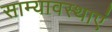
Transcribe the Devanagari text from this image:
साम्यावस्थाएं